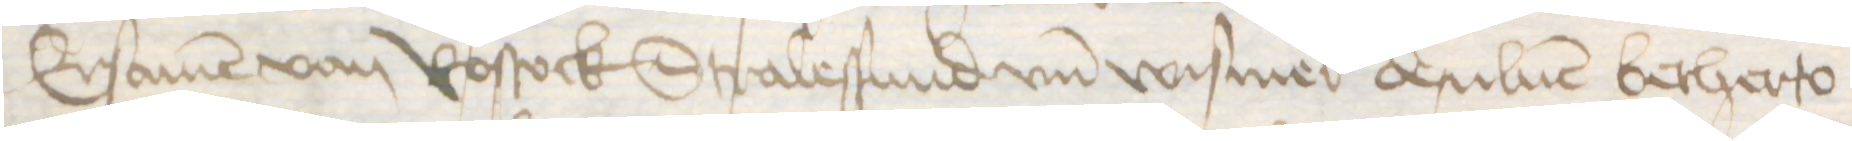
Ersamen von Rostock Stralessund vnd Wismer desuluen betherto